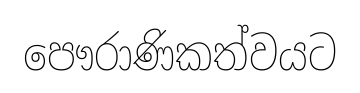
පෞරාණිකත්වයට